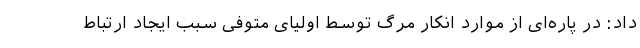
داد: در پاره‌ای از موارد انکار مرگ توسط اولیای متوفی سبب ایجاد ارتباط